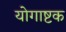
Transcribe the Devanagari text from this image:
योगाष्टक